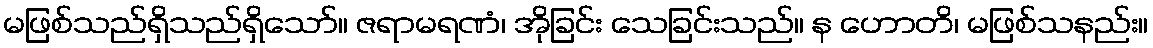
မဖြစ်သည်ရှိသည်ရှိသော်။ ဇရာမရဏံ၊ အိုခြင်း သေခြင်းသည်။ န ဟောတိ၊ မဖြစ်သနည်း။